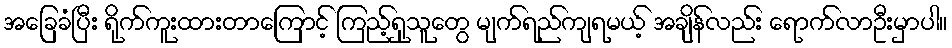
အခြေခံပြီး ရိုက်ကူးထားတာကြောင့် ကြည့်ရှုသူတွေ မျက်ရည်ကျရမယ့် အချိန်လည်း ရောက်လာဦးမှာပါ။